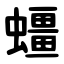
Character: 䗵